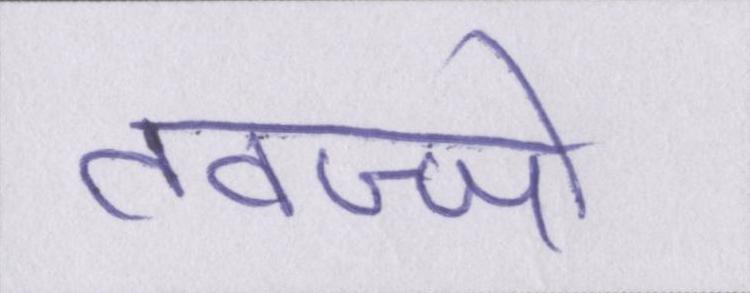
तवज्जो